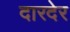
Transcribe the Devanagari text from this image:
दारदेर